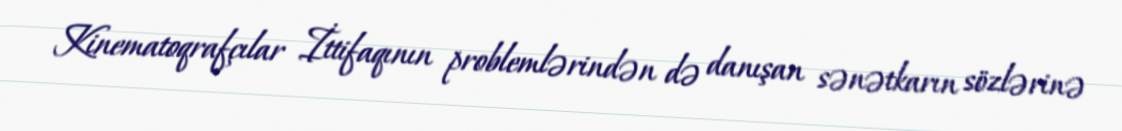
Kinematoqrafçılar İttifaqının problemlərindən də danışan sənətkarın sözlərinə